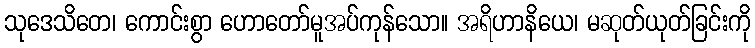
သုဒေသိတေ၊ ကောင်းစွာ ဟောတော်မူအပ်ကုန်သော။ အရိဟာနိယေ၊ မဆုတ်ယုတ်ခြင်းကို